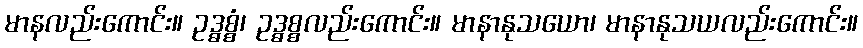
မာနလည်းကောင်း။ ဥဒ္ဓစ္စံ၊ ဥဒ္ဓစ္စလည်းကောင်း။ မာနာနုသယော၊ မာနာနုသယလည်းကောင်း။